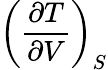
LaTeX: \left({\frac{\partial T}{\partial V}}\right)_{S}